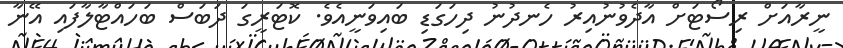
ނީރާއަށް ރިސޯޓަށް އާދެވުނުއިރު ހެނދުނު ދިހަގަޑި ބައިވަނީއެވެ. ކޮޓަރީގަ ދަބަސް ބަހައްޓާލާފައި އޭނާ